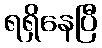
ရရှိနေပြီ